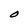
Character: O